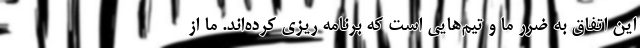
این اتفاق به ضرر ما و تیم‌هایی است که برنامه ریزی کرده‌اند. ما از